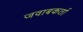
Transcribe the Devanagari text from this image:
जवाबकर्ता